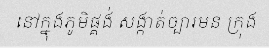
នៅក្នុងភូមិផ្គង់ សង្កាត់ច្បារមន ក្រុង